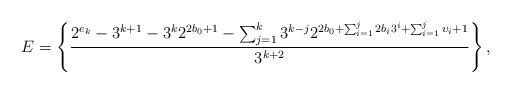
LaTeX: \begin{align*} E=\left\{\frac{2^{e_{k}}-3^{k+1}-3^{k}2^{2b_{0}+1}-\sum\nolimits_{j=1}^{k}3^{k-j}2^{2b_{0}+\sum\nolimits_{i=1}^{j}2b_{i}3^{i}+\sum\nolimits_{i=1}^{j}\upsilon_{i}+1}}{3^{k+2}}\right\}, \end{align*}